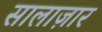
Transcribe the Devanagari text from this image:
सालाज़ार